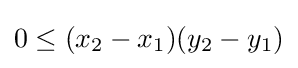
0\leq (x_{2}-x_{1})(y_{2}-y_{1})